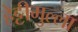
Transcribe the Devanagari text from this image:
हेट्टीमुल्ला